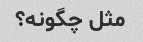
مثل چگونه؟